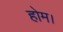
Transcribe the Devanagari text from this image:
होम।